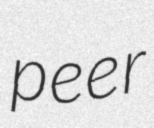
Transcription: peer